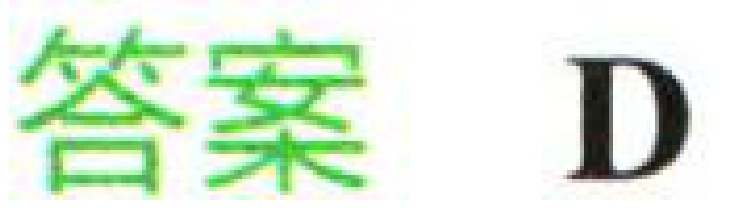
答案 D